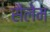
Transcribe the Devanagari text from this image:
सैलेम